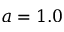
a = 1 . 0